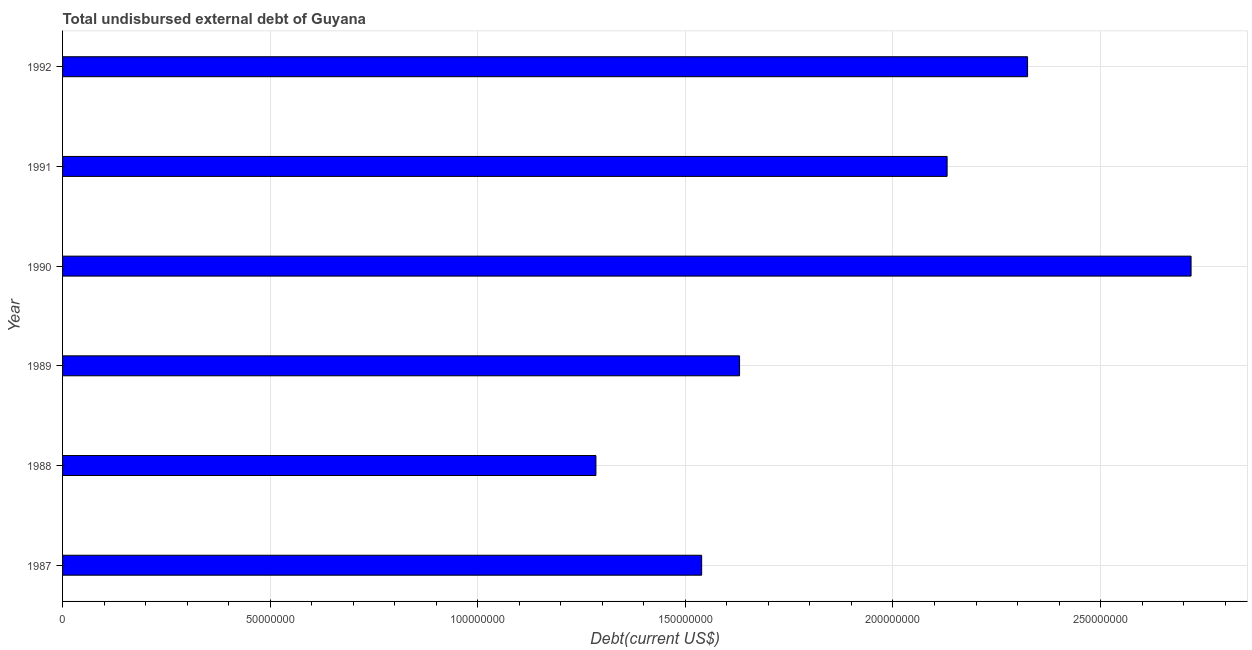
| Year | Total debt |
 | --- | --- |
 | 1987 | 1.54e+08 |
 | 1988 | 1.28e+08 |
 | 1989 | 1.63e+08 |
 | 1990 | 2.72e+08 |
 | 1991 | 2.13e+08 |
 | 1992 | 2.32e+08 |